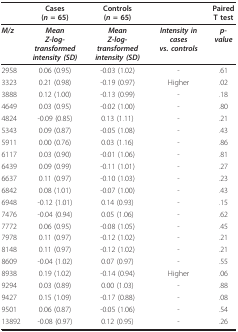
|  | Cases(n = 65) | Controls(n = 65) |  | PairedT test |
 | --- | --- | --- | --- | --- |
 | M/z | MeanZ-log-transformedintensity (SD) | MeanZ-log-transformedintensity (SD) | Intensity in casesvs. controls | p-value |
 | 2958 | 0.06 (0.95) | -0.03 (1.02) | - | .61 |
 | 3323 | 0.21 (0.98) | -0.19 (0.97) | Higher | .02 |
 | 3888 | 0.12 (1.00) | -0.13 (0.99) | - | .18 |
 | 4649 | 0.03 (0.95) | -0.02 (1.00) | - | .80 |
 | 4824 | -0.09 (0.85) | 0.13 (1.11) | - | .21 |
 | 5343 | 0.09 (0.87) | -0.05 (1.08) | - | .43 |
 | 5911 | 0.00 (0.76) | 0.03 (1.16) | - | .86 |
 | 6117 | 0.03 (0.90) | -0.01 (1.06) | - | .81 |
 | 6439 | 0.09 (0.99) | -0.11 (1.01) | - | .27 |
 | 6637 | 0.11 (0.97) | -0.10 (1.03) | - | .23 |
 | 6842 | 0.08 (1.01) | -0.07 (1.00) | - | .43 |
 | 6948 | -0.12 (1.01) | 0.14 (0.93) | - | .15 |
 | 7476 | -0.04 (0.94) | 0.05 (1.06) | - | .62 |
 | 7772 | 0.06 (0.95) | -0.08 (1.05) | - | .45 |
 | 7978 | 0.11 (0.97) | -0.12 (1.02) | - | .21 |
 | 8148 | 0.11 (0.97) | -0.12 (1.02) | - | .21 |
 | 8609 | -0.04 (1.02) | 0.07 (0.97) | - | .55 |
 | 8938 | 0.19 (1.02) | -0.14 (0.94) | Higher | .06 |
 | 9294 | 0.03 (0.89) | 0.00 (1.03) | - | .88 |
 | 9427 | 0.15 (1.09) | -0.17 (0.88) | - | .08 |
 | 9501 | 0.06 (0.87) | -0.05 (1.06) | - | .54 |
 | 13892 | -0.08 (0.97) | 0.12 (0.95) | - | .26 |